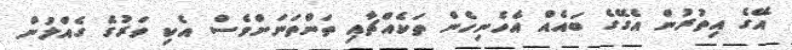
އޭގެ އިތުރުން އެގޭގެ ބައެއް އެހެނިހެން ތަކެއްޗާއި ތަންތަނަށްވެސް އެކި ވަރުގެ ގެއްލުން